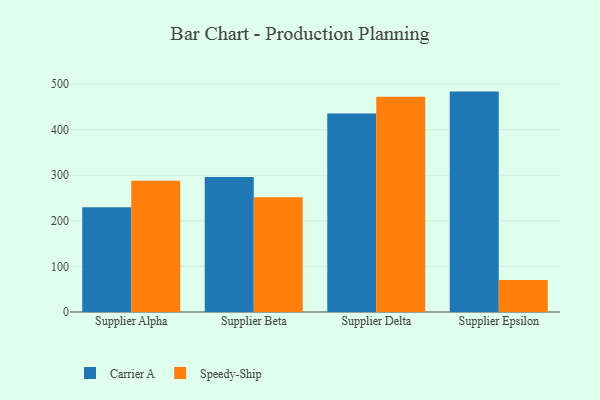
{"axis": {"x": "Supplier", "y": "Humidity (%)"}, "legend": ["Carrier A", "Speedy-Ship"], "data": [{"x": "Supplier Alpha", "y": 229.6, "type": "Carrier A"}, {"x": "Supplier Alpha", "y": 288.2, "type": "Speedy-Ship"}, {"x": "Supplier Beta", "y": 296.0, "type": "Carrier A"}, {"x": "Supplier Beta", "y": 251.6, "type": "Speedy-Ship"}, {"x": "Supplier Delta", "y": 435.5, "type": "Carrier A"}, {"x": "Supplier Delta", "y": 472.5, "type": "Speedy-Ship"}, {"x": "Supplier Epsilon", "y": 483.6, "type": "Carrier A"}, {"x": "Supplier Epsilon", "y": 70.3, "type": "Speedy-Ship"}]}